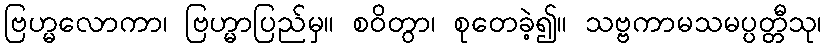
ဗြဟ္မလောကာ၊ ဗြဟ္မာပြည်မှ။ စဝိတွာ၊ စုတေခဲ့၍။ သဗ္ဗကာမသမပ္ပတ္တီသု၊